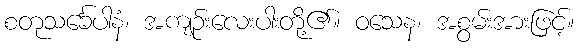
စတုသင်္ခေပါနံ၊ အကျဉ်းလေးပါးတို့၏။ ဝသေန၊ အစွမ်းအားဖြင့်။